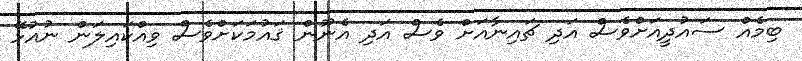
ބިމެއް ސައުދީއަށްވެސް އަދި ޗައިނާއަށް ވެސް އަދި އެނޫން ޤައުމަކަށްވެސް ވިއްކައިލަން ނުއުޅޭ